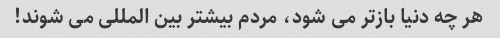
هر چه دنیا بازتر می شود، مردم بیشتر بین المللی می شوند!